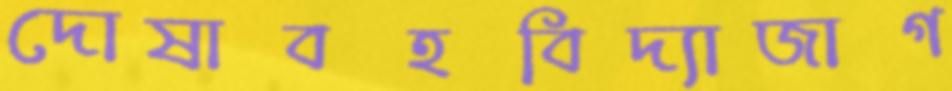
দোষাবহবিদ্যাজাগ